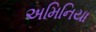
અમિનિયા